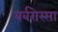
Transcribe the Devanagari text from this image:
बर्बरोस्सा